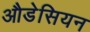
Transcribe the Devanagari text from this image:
औडेसियन